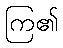
ကြ၏